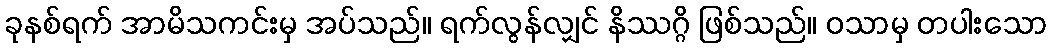
ခုနစ်ရက် အာမိသကင်းမှ အပ်သည်။ ရက်လွန်လျှင် နိဿဂ္ဂိ ဖြစ်သည်။ ဝသာမှ တပါးသော